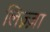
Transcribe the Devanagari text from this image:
लिज़्ज़ा